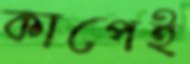
কাপেই